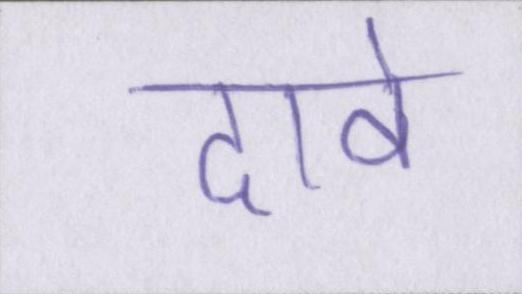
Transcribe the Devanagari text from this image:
दावे